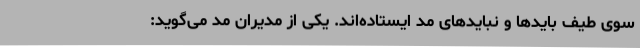
سوی طیف بایدها و نبایدهای مد ایستاده‌اند. یکی از مدیران مد می‌گوید: